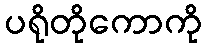
ပရိုတိုကောကို